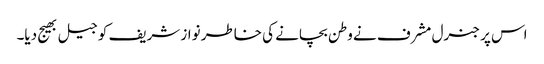
اس پر جنرل مشرف نے وطن بچانے کی خاطر نواز شریف کو جیل بھیج دیا۔